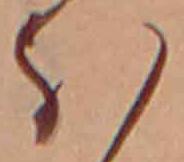
ほ